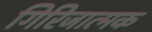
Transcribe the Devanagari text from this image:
गिरिजात्मक